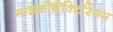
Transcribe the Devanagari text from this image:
माइक्रोबैक्टिरियम